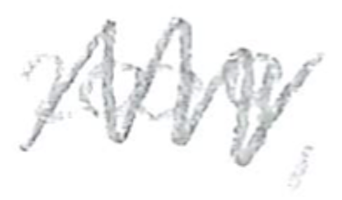
Text: 2009,
Cross-out: zig-zag
Writing tool: pencil